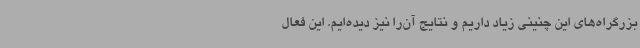
بزرگراه‌های این چنینی زیاد داریم و نتایج آن‌را نیز دیده‌ایم. این فعال